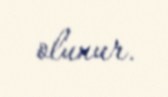
olunur.